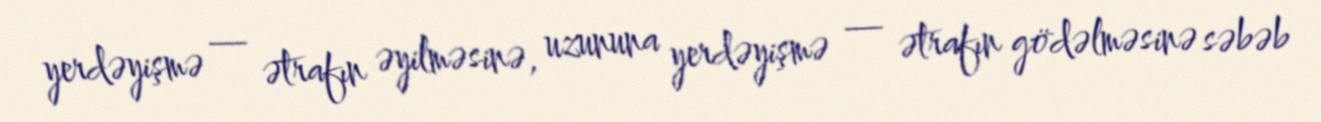
yerdəyişmə — ətrafın əyilməsinə, uzununa yerdəyişmə — ətrafın gödəlməsinə səbəb